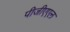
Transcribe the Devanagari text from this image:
पीजीएएल